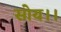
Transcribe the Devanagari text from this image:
सोय।।